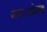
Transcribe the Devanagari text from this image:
गया।शंघाई